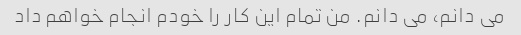
می دانم، می دانم. من تمام این کار را خودم انجام خواهم داد